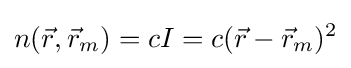
n({\vec {r}},{\vec {r}}_{m})=cI=c({\vec {r}}-{\vec {r}}_{m})^{2}